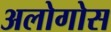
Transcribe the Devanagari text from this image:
अलोगोस